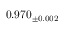
0 . 9 7 0 _ { \pm 0 . 0 0 2 }